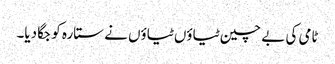
ٹامی کی بے چین ٹیاؤں ٹیاؤں نے ستارہ کو جگا دیا۔